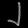
Digit: ၂